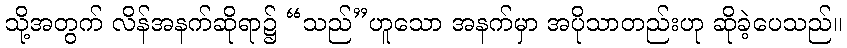
သို့အတွက် လိန်အနက်ဆိုရာ၌ “သည်”ဟူသော အနက်မှာ အပိုသာတည်းဟု ဆိုခဲ့ပေသည်။